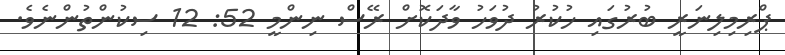
ޕްރިމިލިނަރީ ބުރުގައި ހުކުރު ދުވަހު ވާދަކޮށް ރޭސް ނިންމީ 52: 12 ސިކުންތުންނެވެ.